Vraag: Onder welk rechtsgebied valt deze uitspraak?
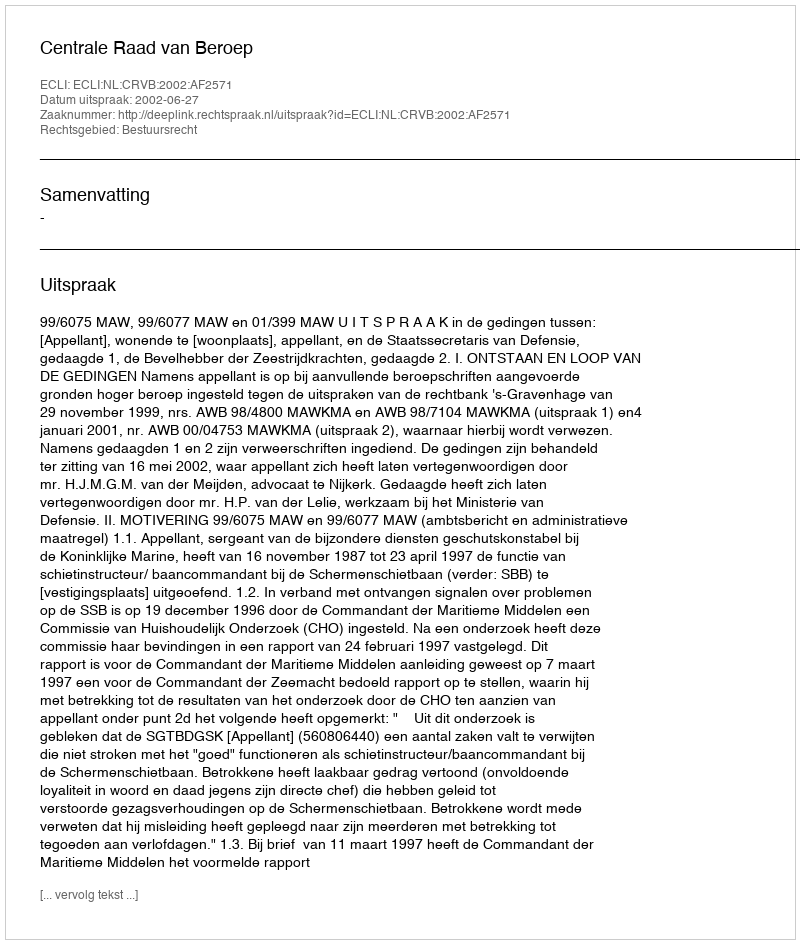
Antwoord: Bestuursrecht